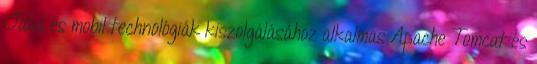
Java és mobil technológiák kiszolgálásához alkalmas Apache Tomcat és